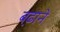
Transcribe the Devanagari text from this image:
ब़ढाने